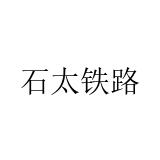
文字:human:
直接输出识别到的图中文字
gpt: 石太铁路